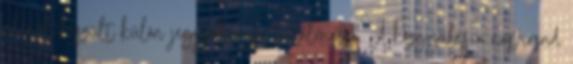
ülésről készült külön jegyzőkönyv tartalmazza. A közgyűlés a napirend